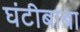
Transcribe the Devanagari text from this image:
घंटीबाबा